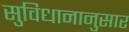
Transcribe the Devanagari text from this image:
सुविधानानुसार